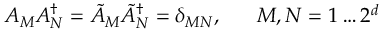
A _ { M } A _ { N } ^ { \dagger } = \tilde { A } _ { M } \tilde { A } _ { N } ^ { \dagger } = \delta _ { M N } , \; \; \; \; \; \; M , N = 1 \ldots 2 ^ { d }